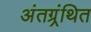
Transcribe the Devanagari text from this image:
अंतग्र्रंथित